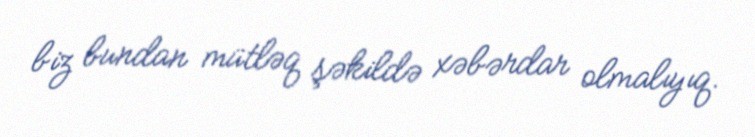
biz bundan mütləq şəkildə xəbərdar olmalıyıq.